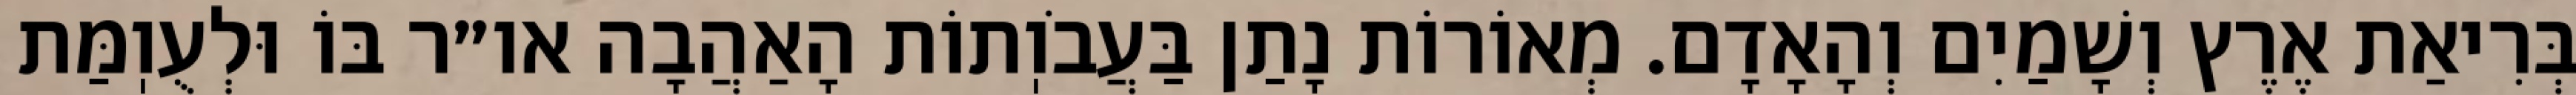
בְּרִיאַת אֶרֶץ וְשָׁמַיִם וְהָאָדָם. מְאוֹרוֹת נָתַן בַּעֲבֹוֽתוֹת הָאַהֲבָה או״ר בּוֹ וּלְעֻוֽמַּת